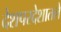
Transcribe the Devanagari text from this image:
देशपरदेशातले